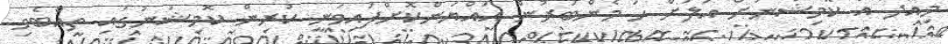
މިއަދު އެ ކޮމިޝަނަށް އަލަށް ހަ މެންބަރުން އައްޔަންކޮށްފައިވަނީ ކުރިން ކޮމިޝަނުގައި ތިއްބެވި